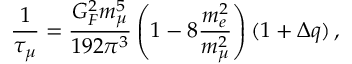
\frac { 1 } { \tau _ { \mu } } = \frac { G _ { F } ^ { 2 } m _ { \mu } ^ { 5 } } { 1 9 2 \pi ^ { 3 } } \left( 1 - 8 \frac { m _ { e } ^ { 2 } } { m _ { \mu } ^ { 2 } } \right) ( 1 + \Delta q ) \, ,